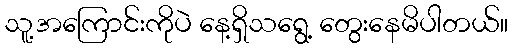
သူ့အကြောင်းကိုပဲ နေ့ရှိသရွေ့ တွေးနေမိပါတယ်။